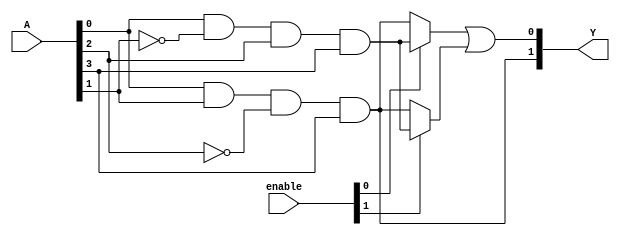
module jewel_pal(
    input wire [n-1:0] A,       // n inputs
    input wire [m-1:0] enable,   // Programming enable signal for each product term
    output wire [m-1:0] Y        // m outputs
);

// Parameters
parameter n = 4;  // Number of inputs
parameter m = 2;  // Number of outputs
parameter P = 4;  // Number of product terms in AND array (adjust as necessary)

// Internal wires for AND products
wire [P-1:0] product_terms; // Product terms from AND array
wire [P-1:0] and_output;     // Outputs from programmable AND gates

// Programmable AND array
generate
    genvar i, j;
    for (i = 0; i < P; i = i + 1) begin: and_array
        assign and_output[i] = (enable[i]) ? 
            (A[0] & !A[1] & A[2] & A[3]) : // Example pattern for product term 0
            (A[0] & A[1] & !A[2] & A[3]);  // Use other patterns for other product terms
    end
endgenerate

// Fixed OR array
assign Y[0] = and_output[0] | and_output[1]; // Connect some product terms to output 1
assign Y[1] = and_output[2] | and_output[3]; // Connect some product terms to output 2

endmodule